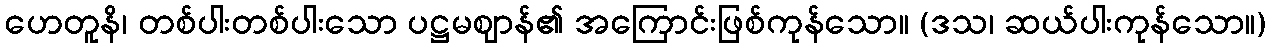
ဟေတူနိ၊ တစ်ပါးတစ်ပါးသော ပဋ္ဌမဈာန်၏ အကြောင်းဖြစ်ကုန်သော။ (ဒသ၊ ဆယ်ပါးကုန်သော။)